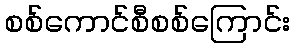
စစ်ကောင်စီစစ်ကြောင်း